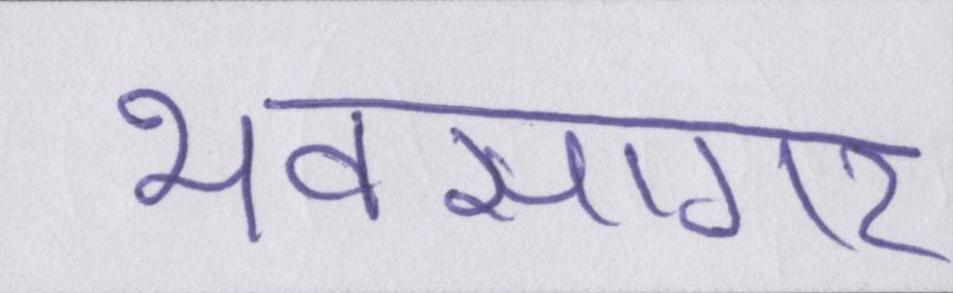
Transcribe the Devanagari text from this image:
भवसागर